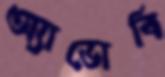
অ্যাডোবি